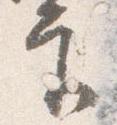
宮